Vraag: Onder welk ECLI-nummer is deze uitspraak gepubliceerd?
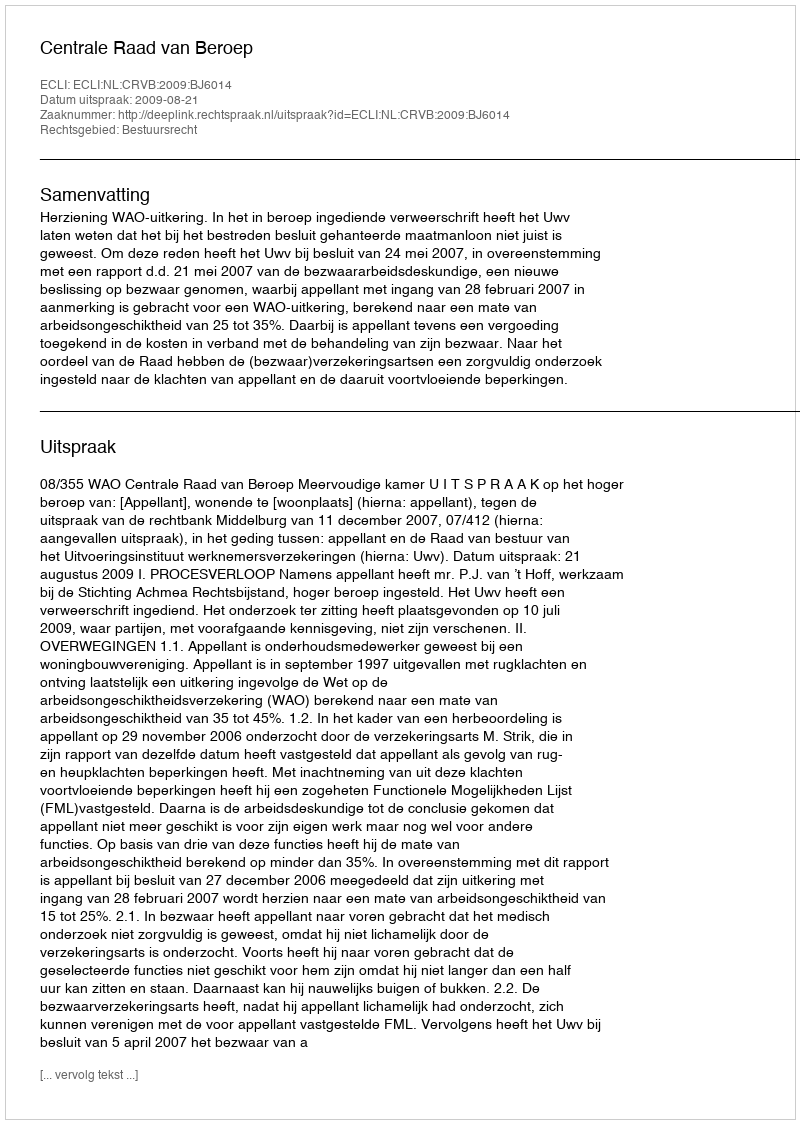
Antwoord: ECLI:NL:CRVB:2009:BJ6014